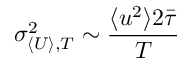
\sigma _ { \langle U \rangle , T } ^ { 2 } \sim \frac { \langle u ^ { 2 } \rangle 2 \bar { \tau } } { T }